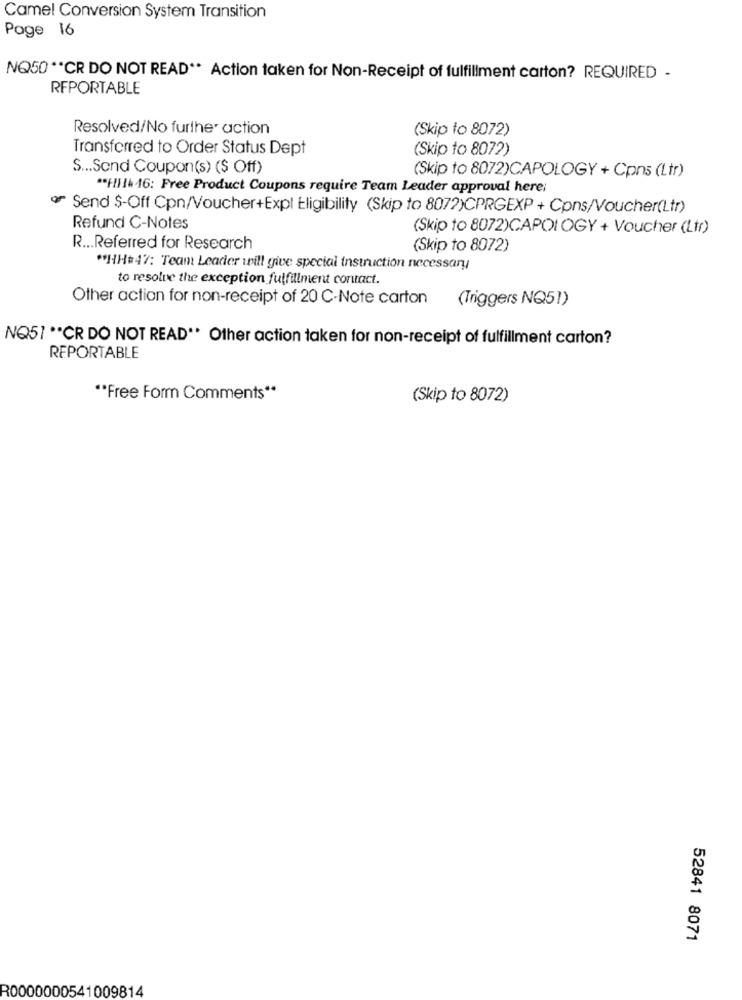
Camel Conversion System Transition
Page 16
NQ50 ** CR DO NOT READ ** Action taken for Non-Receipt of fulfillment carton? REQUIRED -
RFPORTABLE
Resolved/No further action
(Skip to 8072)
Transferred to Order Status Dept
(Skip to 8072)
S ... Sond Coupon(s) ($ Off)
(Skip to 8072)CAPOLOGY + Cpns (Ltr)
** Hil+ 46: Free Product Coupons require Team Leader approval here;
Send $-Off Cpn/Voucher+Expl Eligibility (Skip to 807?)CPRGEXP + Cons/Voucher(Ltr)
Refund C-Notes
(Skip to 8072)CAPOI OGY + Voucher (Ltr)
R ... Referred for Research
(Skip to 8072)
"HH#47: Team Leader will give special Instruction necessary
to resolve the exception fulfillment contact.
Other action for non-receipt of 20 C-Note carton
(Triggers NQ51)
NQ51 ** CR DO NOT READ"* Other action taken for non-receipt of fulfillment carton?
REPORTABLE
"Free Form Comments **
(Skip to 8072)
52841 8071
R0000000541009814